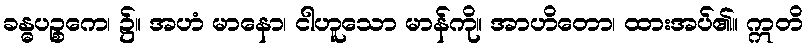
ခန္ဓပဉ္စကေ၊ ၌။ အဟံ မာနော၊ ငါဟူသော မာန်ကို။ အာဟိတော၊ ထားအပ်၏။ ဣတိ